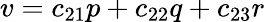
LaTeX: v=c_{21}p+c_{22}q+c_{23}r